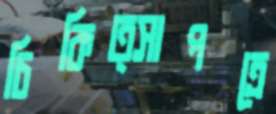
চিকিত্সাপত্রে